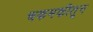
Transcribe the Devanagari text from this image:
चकमकीतून